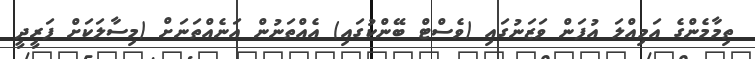
ތިމާމެންގެ އަމިއްލަ އުފަން ވަޒަނުގައި (ވެސްޓް ބޭންކުގައި) އެއްތަނުން އަނެއްތަނަށް (މިސާލަކަށް ފަރީދީ